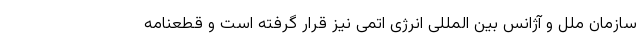
سازمان ملل و آژانس بین المللی انرژی اتمی نیز قرار گرفته است و قطعنامه